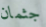
جثمان